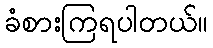
ခံစားကြရပါတယ်။